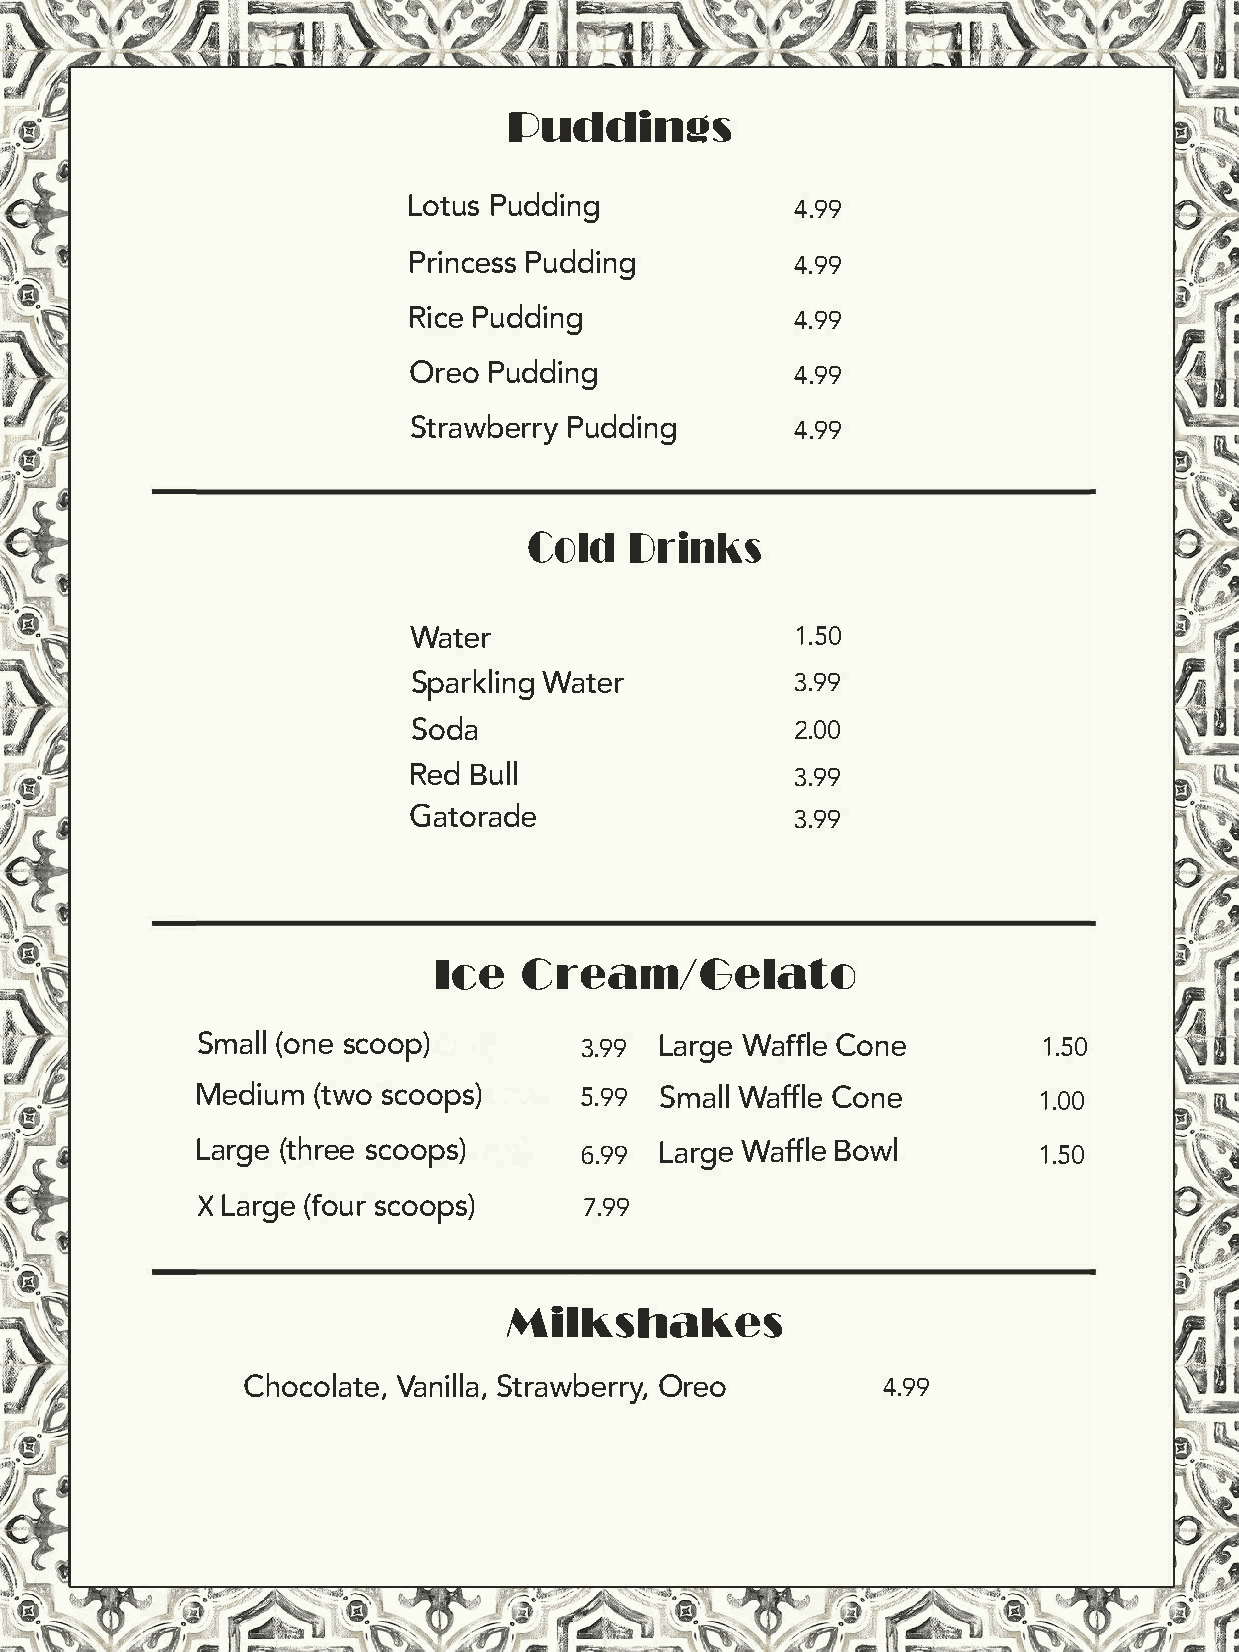
Vuddinas
 LotPuusd    ding
 4.99
 PrinPcuedsdsi      ng     4.99
 RiPcued    ding           4.99
 OrePou    dding           4.99
 StrawPbuedrdriyn       g  4.99
 ColUdr       inks
 Water                     1.50
 Sparkling             Wa3t.e9r9
 Soda                      2.00
 Red      Bull             3.99
 Gatorade                  3.99
 IcCer-      eam/6elato
 Sma(lolns   ec oop)      3.99L   arWgaef  fColnee       1.50
 Medi(utmws    oc oops)5.     99S maWlalff Cloen e       1.00
 Lar(gteh   srceoeo  ps)  6 .99La rge Waffle Bowl        1.50
 X   Lafroguer    (scoo7.9p9s)
 Milk.shakes
 ChocoVlaantiSelt,lr    aa,w bOerreroy ,   4.99